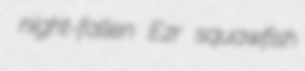
night-fallen Ezr squawfish